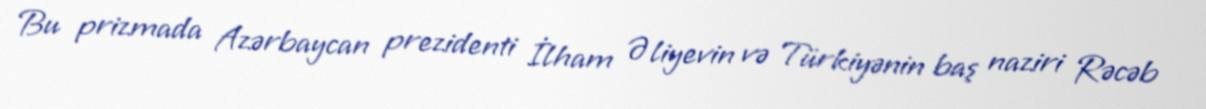
Bu prizmada Azərbaycan prezidenti İlham Əliyevin və Türkiyənin baş naziri Rəcəb